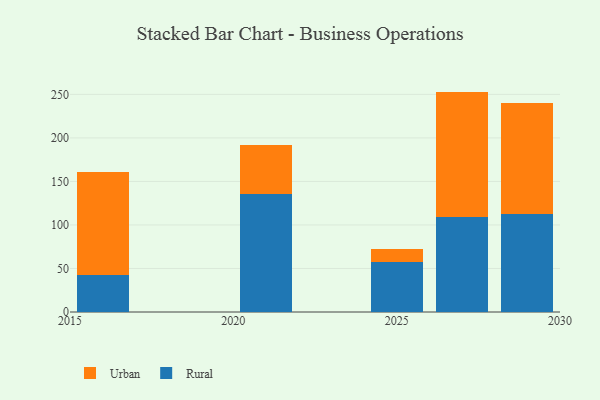
{"axis": {"x": "Year", "y": "Bounce Rate (%)"}, "legend": ["Rural", "Urban"], "data": [{"x": "2029", "y": 112.2, "type": "Rural"}, {"x": "2029", "y": 128.1, "type": "Urban"}, {"x": "2025", "y": 57.4, "type": "Rural"}, {"x": "2025", "y": 15.0, "type": "Urban"}, {"x": "2016", "y": 42.9, "type": "Rural"}, {"x": "2016", "y": 117.8, "type": "Urban"}, {"x": "2021", "y": 135.0, "type": "Rural"}, {"x": "2021", "y": 56.3, "type": "Urban"}, {"x": "2027", "y": 109.0, "type": "Rural"}, {"x": "2027", "y": 144.2, "type": "Urban"}]}